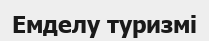
Емделу туризмі